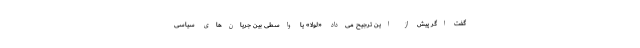
گفت اگر پیش از این ترجیح می‌داد «لولا» یا واسطی بین جریان‌های سیاسی